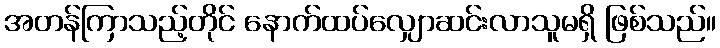
အတန်ကြာသည့်တိုင် နောက်ထပ်လျှောဆင်းလာသူမရှိ ဖြစ်သည်။